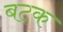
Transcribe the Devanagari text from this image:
बटक